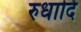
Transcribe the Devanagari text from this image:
रुधादि